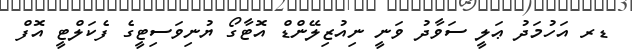
ޑރ އަހުމަދު ޢަލީ ސަވާދު ވަނީ ނިއުޒިލޭންޑް އޮޓާގޯ ޔުނިވަސިޓީގެ ފެކަލްޓީ އޮފް